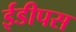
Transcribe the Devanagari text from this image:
ईडीपस